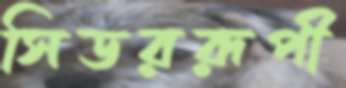
সিডররূপী